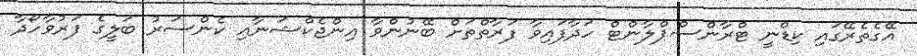
އޭގެތެރޭގައި ކިޑްނީ ޓްރާންސްޕްލާންޓް ހަދާފައިވާ ފަރާތްތަށް ބޭނުންވާ އިންޖެކްޝަނާއި ކެންސަރު ބަލީގެ ފަރުވާހޯދާ